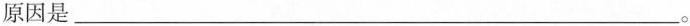
原因是___。